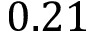
0 . 2 1